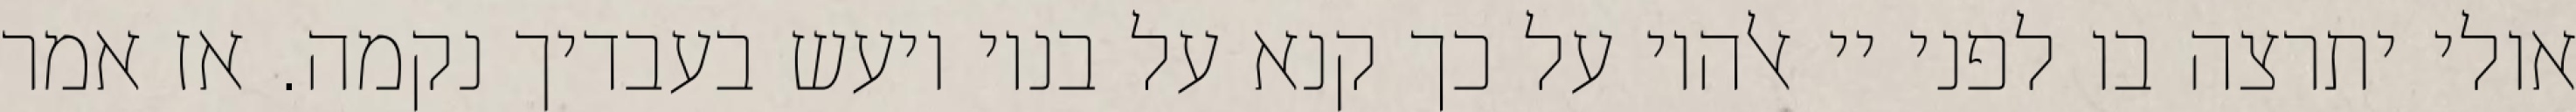
אולי יתרצה בו לפני יי אלהיו על כך קנא על בניו ויעש בעבדיך נקמה. אז אמר